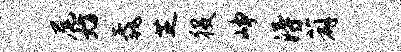
尾妨毳芝役峥得薜